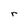
Character: r